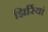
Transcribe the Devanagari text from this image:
झिर्रियां